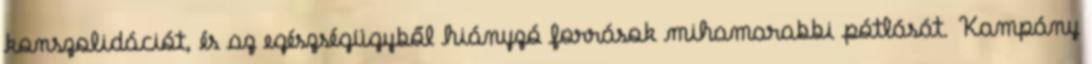
konszolidációt, és az egészségügyből hiányzó források mihamarabbi pótlását. Kampány